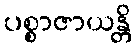
ပစ္စာဇာယန္တိ